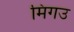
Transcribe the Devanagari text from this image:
मिंगउ